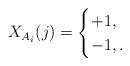
LaTeX: \begin{align*}X_{A_i}(j)= \begin{cases}+1, \\-1, . \end{cases}\end{align*}